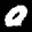
Label: 0